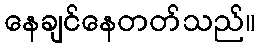
နေချင်နေတတ်သည်။